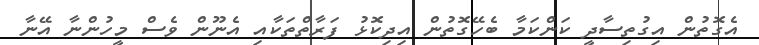
އެގޮތުން އިގުތިސާދީ ކަންކަމާ ބެހޭގޮތުން އިދިކޮޅު ފަރާތްތަކާއި އެނޫން ވެސް މީހުންނާ އޭނާ